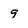
Character: 9